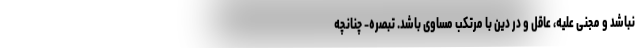
نباشد و مجنی علیه، عاقل و در دین با مرتکب مساوی باشد. تبصره- چنانچه